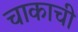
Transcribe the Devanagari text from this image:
चाकाची